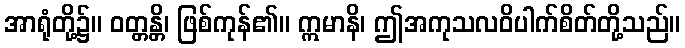
အာရုံတို့၌။ ဝတ္တန္တိ၊ ဖြစ်ကုန်၏။ ဣမာနိ၊ ဤအကုသလဝိပါက်စိတ်တို့သည်။